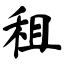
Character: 租